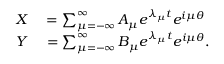
\begin{array} { r l } { X } & { { } = \sum _ { \mu = - \infty } ^ { \infty } A _ { \mu } e ^ { \lambda _ { \mu } t } e ^ { i \mu \theta } } \\ { Y } & { { } = \sum _ { \mu = - \infty } ^ { \infty } B _ { \mu } e ^ { \lambda _ { \mu } t } e ^ { i \mu \theta } . } \end{array}